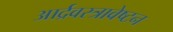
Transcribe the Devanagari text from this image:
आर्द्रवस्त्रावेष्टन